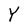
Character: Y